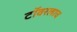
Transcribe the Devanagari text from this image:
टॉवरलाच